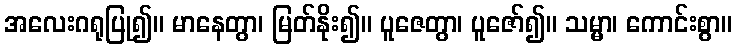
အလေးဂရုပြု၍။ မာနေတွာ၊ မြတ်နိုး၍။ ပူဇေတွာ၊ ပူဇော်၍။ သမ္မာ၊ ကောင်းစွာ။